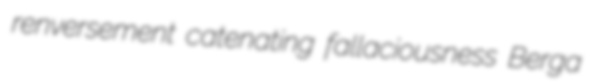
renversement catenating fallaciousness Berga